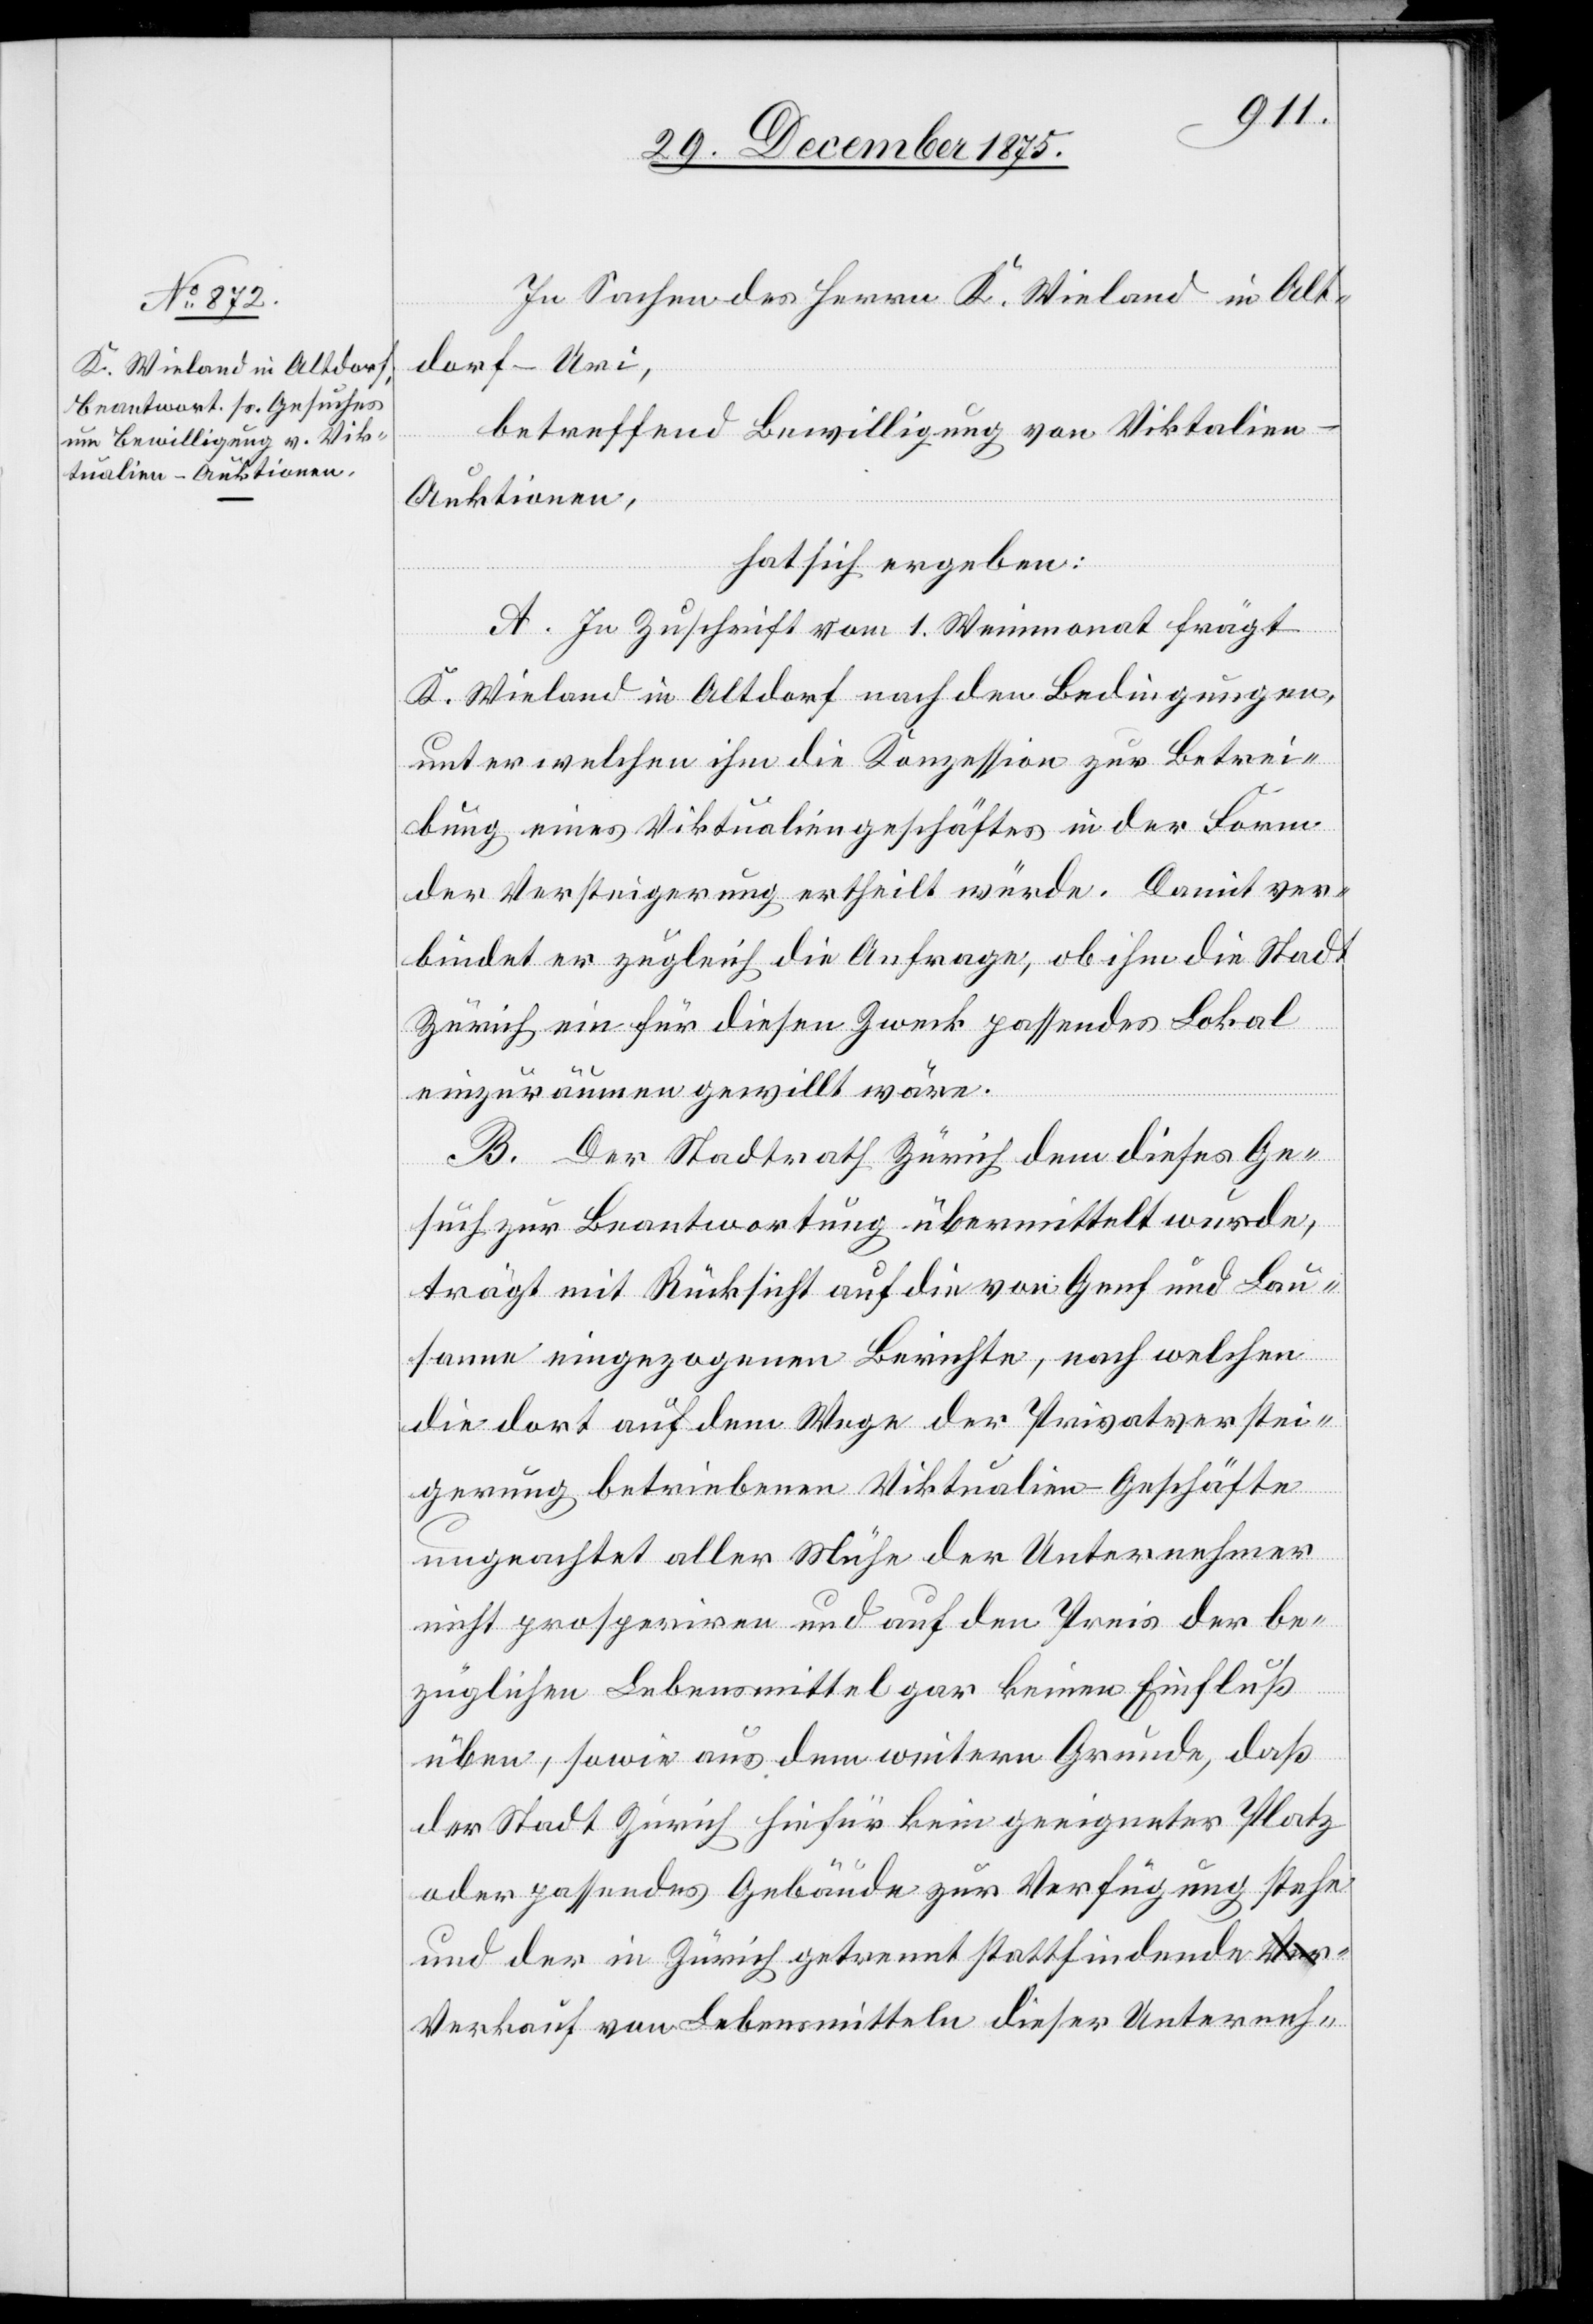
In Sachen des Herrn K. Wieland in Alt¬
dorf - Uri,
betreffend Bewilligung von Vikt[u]alien-A¬
uktionen,
hat sich ergeben:
A. In Zuschrift vom 1. Weinmonat frägt
K. Wieland in Altdorf nach den Bedingungen,
unter welchen ihm die Konzession zur Betrei¬
bung eines Viktualiengeschäftes in der Form
der Versteigerung ertheilt würde. Damit ver¬
bindet er zugleich die Anfrage, ob ihm die Stadt
Zürich ein für diesen Zweck passendes Lokal
einzuräumen gewillt wäre.
B. Der Stadtrath Zürich dem dieses Ge¬
such zur Beantwortung übermittelt wurde,
trägt mit Rücksicht auf die von Genf und Lau¬
sanne eingezogenen Berichte, nach welchen
die dort auf dem Wege der Privatverstei¬
gerung betriebenen Viktualien-Geschäfte
ungeachtet aller Mühe der Unternehmer
nicht prosperiren und auf den Preis der be¬
züglichen Lebensmittel gar keinen Einfluß
üben, sowie aus dem weitern Grunde, daß
der Stadt Zürich hiefür kein geeigneter Platz
oder passendes Gebäude zur Verfügung stehe
und der in Zürich getrennt stattfindende V¬
erkauf von Lebensmitteln dieser Unterneh-